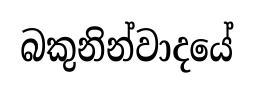
බකුනින්වාදයේ